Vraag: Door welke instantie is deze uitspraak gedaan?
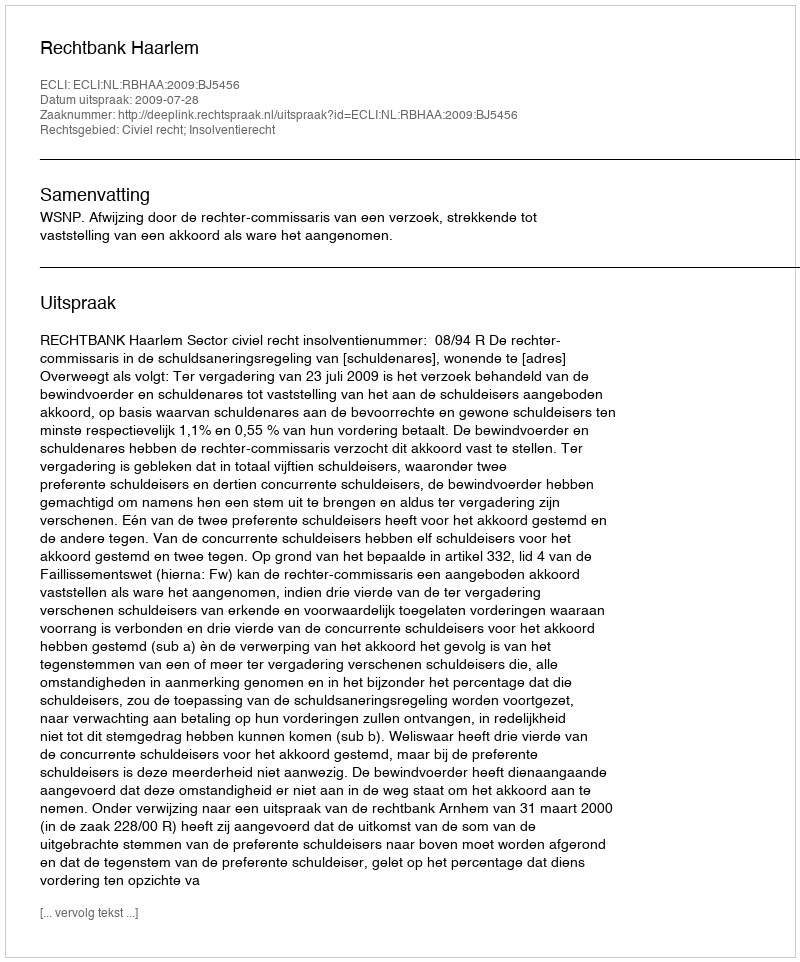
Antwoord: Rechtbank Haarlem